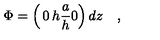
\Phi = \left( \begin{matrix} { 0 } & { h } \\ { { \frac { a } { h } } } & { 0 } \\ \end{matrix} \right) d z \quad ,